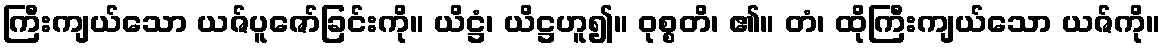
ကြီးကျယ်သော ယဇ်ပူဇော်ခြင်းကို။ ယိဋ္ဌံ၊ ယိဋ္ဌဟူ၍။ ဝုစ္စတိ၊ ၏။ တံ၊ ထိုကြီးကျယ်သော ယဇ်ကို။